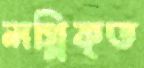
লগ্নিকৃত